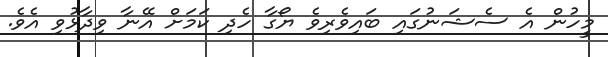
މީހުން އެ ސެޝަނުގައި ބައިވެރިވެ ޔޯގާ ހެދި ކަމަށް އޭނާ ވިދާޅުވި އެވެ.